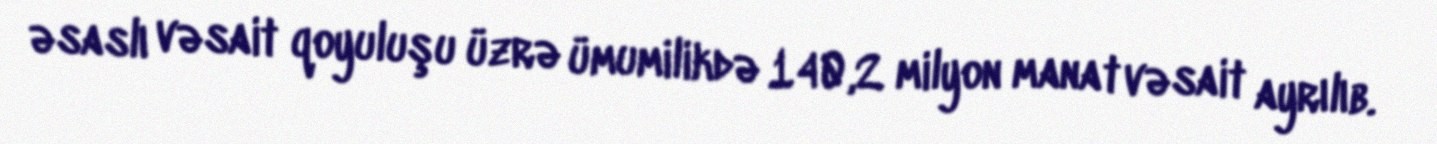
əsaslı vəsait qoyuluşu üzrə ümumilikdə 140,2 milyon manat vəsait ayrılıb.